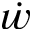
\dot { w }